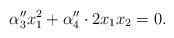
LaTeX: \begin{align*}\alpha''_3x_1^2+\alpha''_4\cdot 2x_1x_2=0.\end{align*}